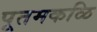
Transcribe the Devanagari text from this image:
पूतमकळि